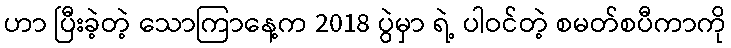
ဟာ ပြီးခဲ့တဲ့ သောကြာနေ့က 2018 ပွဲမှာ ရဲ့ ပါဝင်တဲ့ စမတ်စပီကာကို